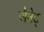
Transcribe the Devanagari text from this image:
जैनेट्